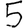
Digit: 5